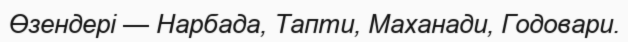
Өзендері — Нарбада, Тапти, Маханади, Годовари.